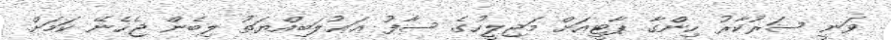
ވަނީ ސަރުކާރު ހިންގާ ޕާޓީއަށް މަޖިލީހުގެ ސާފު ޢަޢުލަބިއްޔަތު ލިބެން ޖެހެނޭ ކަމަށް